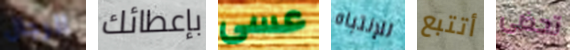
الرجال بإعطائك عسى للإنتباه أتتبع تحضى